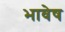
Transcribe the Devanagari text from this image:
भावेष